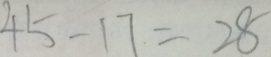
4 5 - 1 7 = 2 8